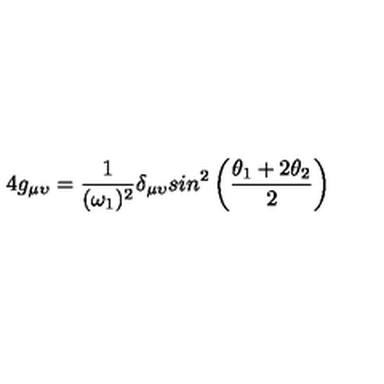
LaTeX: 4 g _ { \mu \upsilon } = { \frac { 1 } { ( \omega _ { 1 } ) ^ { 2 } } } \delta _ { \mu \upsilon } s i n ^ { 2 } \left( { \frac { \theta _ { 1 } + 2 \theta _ { 2 } } { 2 } } \right)